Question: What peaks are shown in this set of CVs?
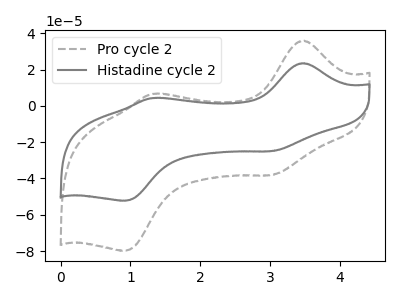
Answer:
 <answer>The gray dashed curve "Pro cycle 2" has anodic peaks at (3.50V, 35.95uA) (1.30V, 6.60uA) and cathodic peaks at (3.05V, -38.05uA) (0.95V, -79.85uA). The gray curve "Histadine cycle 2" has anodic peaks at (3.50V, 23.50uA) (1.30V, 4.35uA) and cathodic peaks at (3.05V, -24.90uA) (0.95V, -52.30uA).</answer>
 <eval></eval>